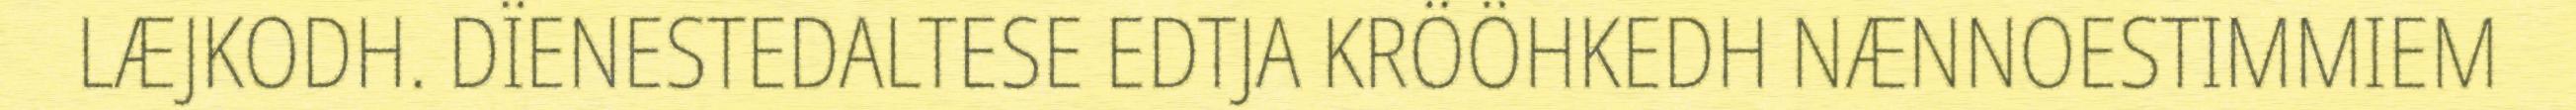
LÆJKODH. DÏENESTEDALTESE EDTJA KRÖÖHKEDH NÆNNOESTIMMIEM